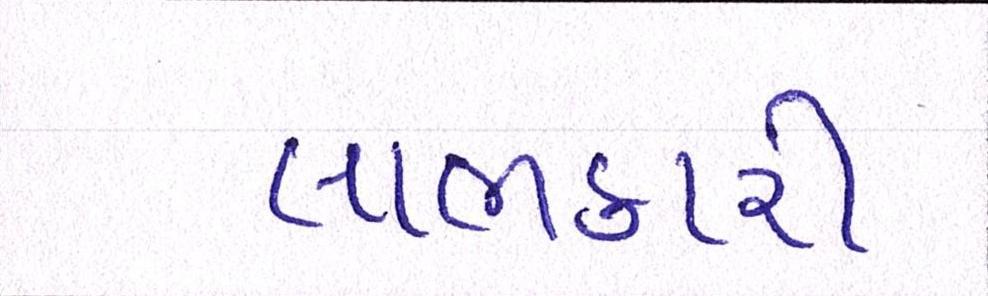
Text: લાભકારી